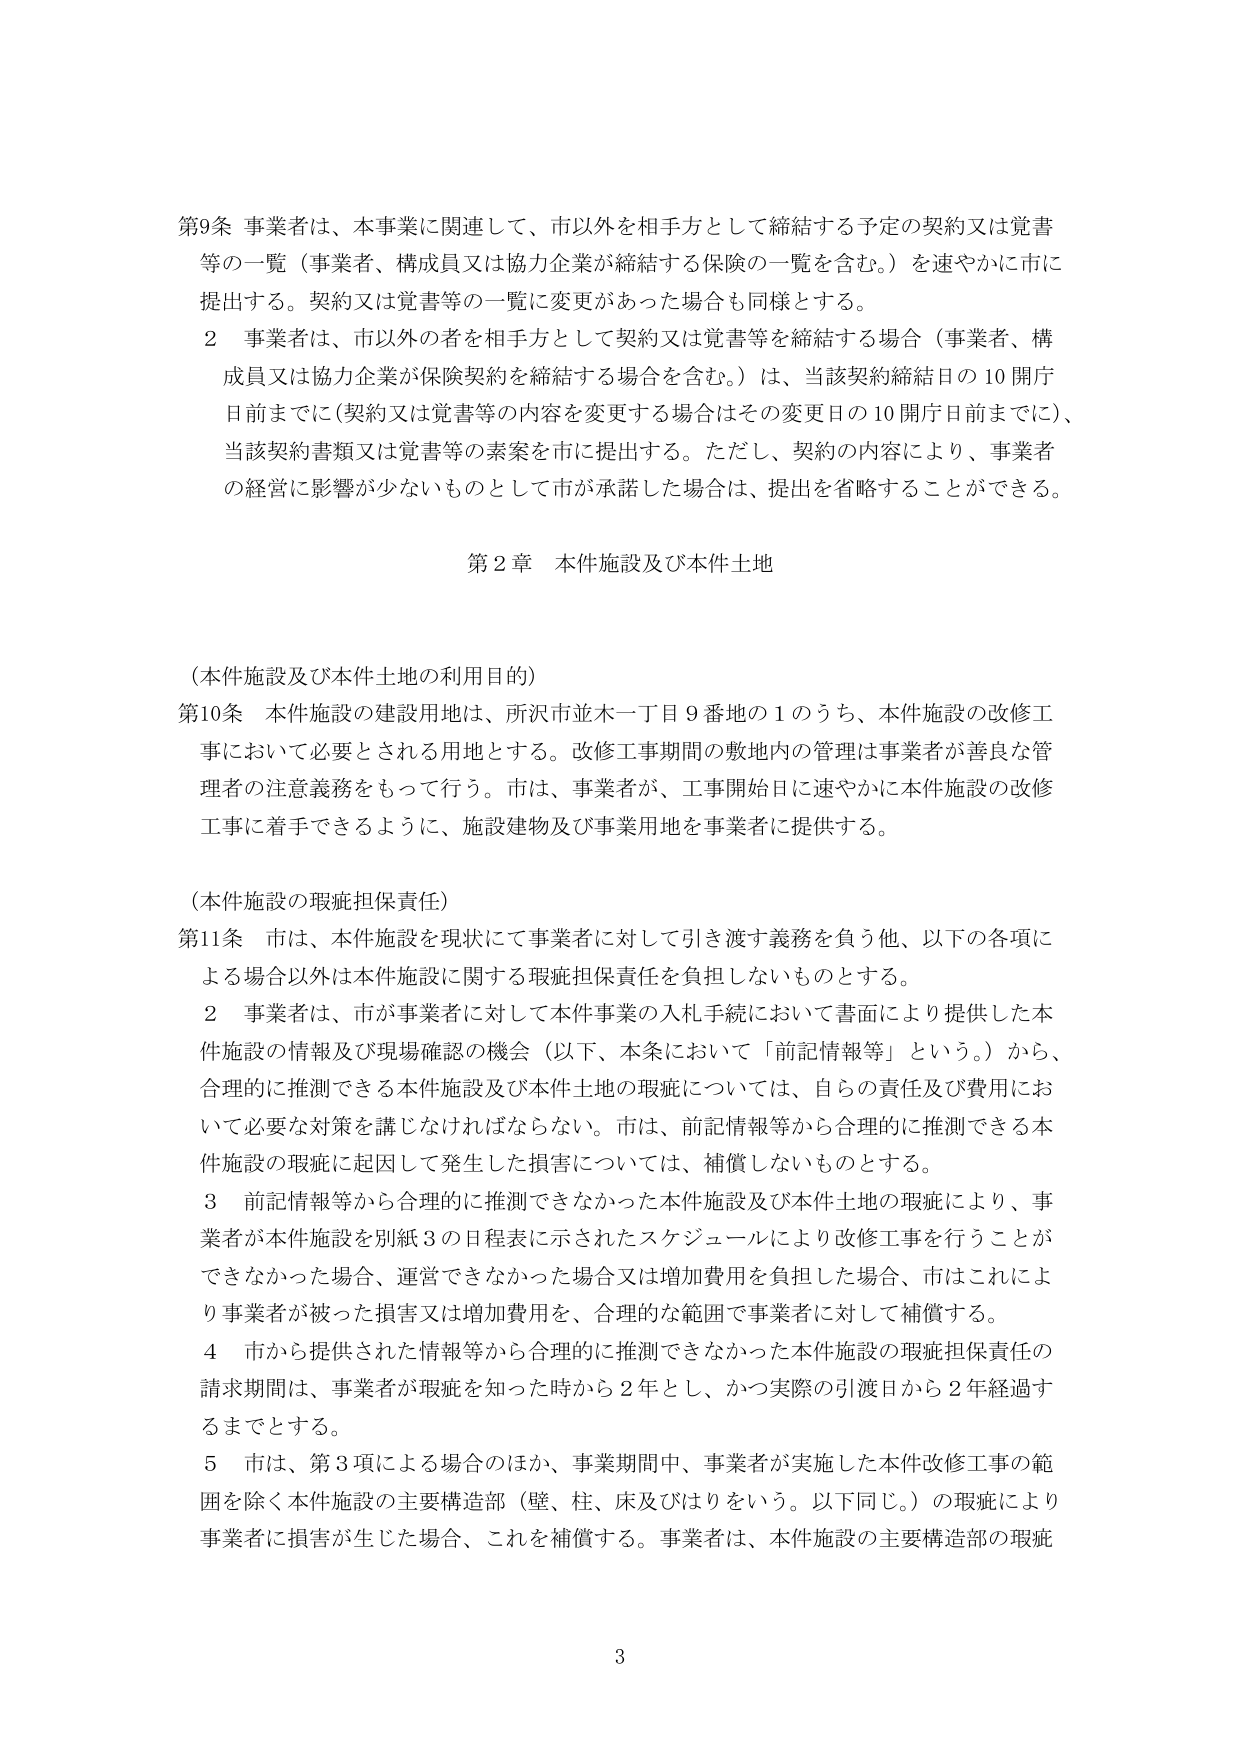
第9条 事業者は、本事業に関連して、市以外を相手方として締結する予定の契約又は覚書等の一覧（事業者、構成員又は協力企業が締結する保険の一覧を含む。）を速やかに市に提出する。契約又は覚書等の一覧に変更があった場合も同様とする。

２ 事業者は、市以外の者を相手方として契約又は覚書等を締結する場合（事業者、構成員又は協力企業が保険契約を締結する場合を含む。）は、当該契約締結日の10開庁日前までに（契約又は覚書等の内容を変更する場合はその変更日の10開庁日前までに）、当該契約書類又は覚書等の素案を市に提出する。ただし、契約の内容により、事業者の経営に影響が少ないものとして市が承諾した場合は、提出を省略することができる。

第2章 本件施設及び本件土地

（本件施設及び本件土地の利用目的）

第10条 本件施設の建設用地は、所沢市並木一丁目9番地の1のうち、本件施設の改修工事において必要とされる用地とする。改修工事期間の敷地内の管理は事業者が善良な管理者の注意義務をもって行う。市は、事業者が、工事開始日に速やかに本件施設の改修工事に着手できるように、施設建物及び事業用地を事業者に提供する。

（本件施設の瑕疵担保責任）

第11条 市は、本件施設を現状にて事業者に対して引き渡す義務を負う他、以下の各項による場合以外は本件施設に関する瑕疵担保責任を負担しないものとする。

２ 事業者は、市が事業者に対して本件事業の入札手続において書面により提供した本件施設の情報及び現場確認の機会（以下、本条において「前記情報等」という。）から、合理的に推測できる本件施設及び本件土地の瑕疵については、自らの責任及び費用において必要な対策を講じなければならない。市は、前記情報等から合理的に推測できる本件施設の瑕疵に起因して発生した損害については、補償しないものとする。

３ 前記情報等から合理的に推測できなかった本件施設及び本件土地の瑕疵により、事業者が本件施設を別紙3の日程表に示されたスケジュールにより改修工事を行うことができなかった場合、運営できなかった場合又は増加費用を負担した場合、市はこれにより事業者が被った損害又は増加費用を、合理的な範囲で事業者に対して補償する。

４ 市から提供された情報等から合理的に推測できなかった本件施設の瑕疵担保責任の請求期間は、事業者が瑕疵を知った時から2年とし、かつ実際の引渡日から2年経過するまでとする。

５ 市は、第3項による場合のほか、事業期間中、事業者が実施した本件改修工事の範囲を除く本件施設の主要構造部（壁、柱、床及びはりをいう。以下同じ。）の瑕疵により事業者に損害が生じた場合、これを補償する。事業者は、本件施設の主要構造部の瑕疵

3